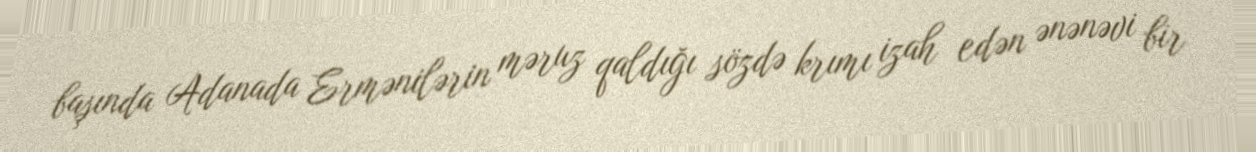
başında Adanada Ermənilərin məruz qaldığı sözdə krımı izah edən ənənəvi bir